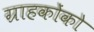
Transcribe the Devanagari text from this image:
ग्राहकोंको